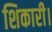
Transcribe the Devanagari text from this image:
शिकारी।